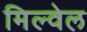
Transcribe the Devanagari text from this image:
मिल्वेल